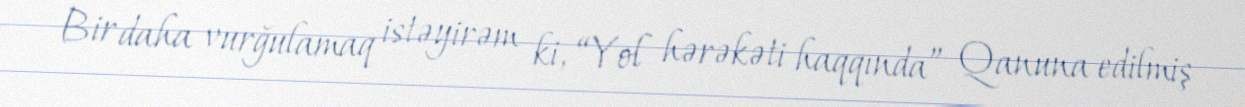
Bir daha vurğulamaq istəyirəm ki, “Yol hərəkəti haqqında” Qanuna edilmiş